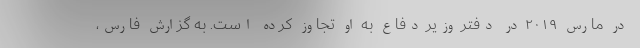
در مارس ۲۰۱۹ در دفتر وزیر دفاع به او تجاوز کرده است. به گزارش فارس،